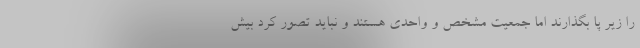
را زیر پا بگذارند اما جمعیت مشخص و واحدی هستند و نباید تصور کرد بیش